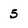
Character: 5